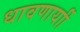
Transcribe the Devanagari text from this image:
धावणार्याी